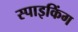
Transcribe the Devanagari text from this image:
स्पाइकिंग